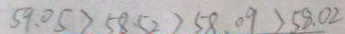
5 9 . 0 5 > 5 8 . 5 2 > 5 8 . 0 9 > 5 8 . 0 2